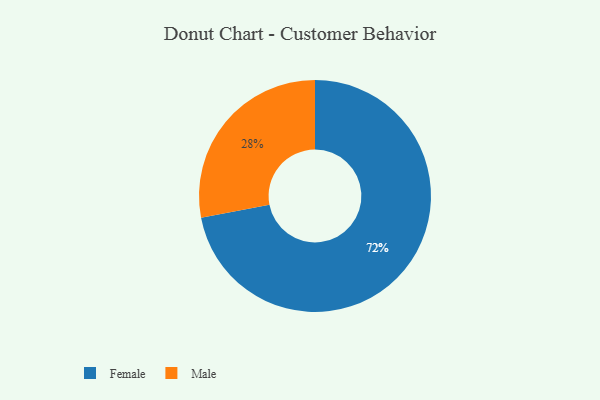
{"axis": {"x": "Category", "y": "Percentage"}, "legend": ["Female", "Male"], "data": [{"x": "Male", "y": 28, "type": "Male"}, {"x": "Female", "y": 72, "type": "Female"}]}